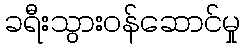
ခရီးသွားဝန်ဆောင်မှု